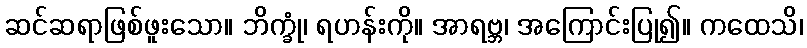
ဆင်ဆရာဖြစ်ဖူးသော။ ဘိက္ခုံ၊ ရဟန်းကို။ အာရဗ္ဘ၊ အကြောင်းပြု၍။ ကထေသိ၊